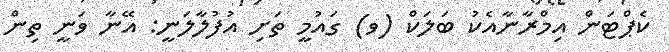
ކެޕްޓަން އިމްރާނާއެކު ބަލަކް (ވ) ގައުމީ ތަށި އުފުލާލަނީ: އޭނާ ވަނީ ތިން